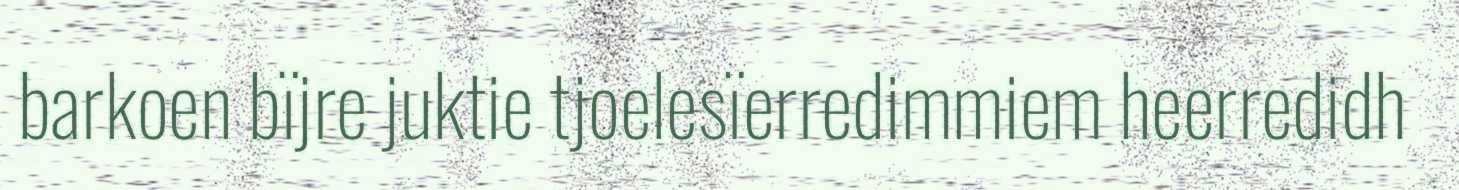
barkoen bïjre juktie tjoelesïerredimmiem heerredidh